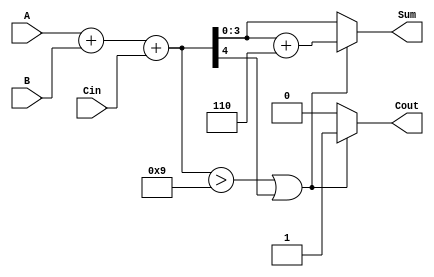
module BCD_Conditional_Adder (
    input  wire [3:0] A,      // First BCD digit
    input  wire [3:0] B,      // Second BCD digit
    input  wire Cin,          // Carry-in
    output reg  [3:0] Sum,    // BCD sum output
    output reg  Cout          // Carry-out
);

    wire [4:0] Temp_Sum;      // 5-bit temporary sum to hold A + B + Cin
    wire correction_needed;    // Flag to indicate if correction is needed

    // Step 1: Perform binary addition
    assign Temp_Sum = A + B + Cin;

    // Step 2: Check if correction is needed
    assign correction_needed = (Temp_Sum > 9) || Temp_Sum[4];

    // Step 3: Determine final sum and carry-out
    always @(*) begin
        if (correction_needed) begin
            Sum = Temp_Sum[3:0] + 4'b0110; // Add 6 for BCD correction
            Cout = 1;                       // Set carry-out
        end else begin
            Sum = Temp_Sum[3:0];            // No correction needed
            Cout = 0;                       // No carry-out
        end
    end

endmodule